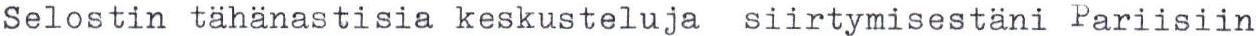
Selostin tähänastisia keskusteluja siirtymisestäni Pariisiin